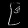
Digit: ၉